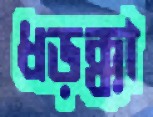
ধড়ক্কা